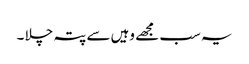
یہ سب مجھے وہیں سے پتہ چلا ۔